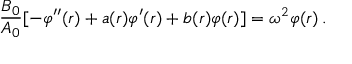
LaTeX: { \frac { B _ { 0 } } { A _ { 0 } } } [ - \varphi ^ { \prime \prime } ( r ) + a ( r ) \varphi ^ { \prime } ( r ) + b ( r ) \varphi ( r ) ] = \omega ^ { 2 } \varphi ( r ) \, .